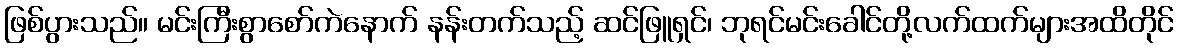
ဖြစ်ပွားသည်။ မင်းကြီးစွာစော်ကဲနောက် နန်းတက်သည့် ဆင်ဖြူရှင်၊ ဘုရင်မင်းခေါင်တို့လက်ထက်များအထိတိုင်